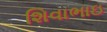
શિવાભાઇ